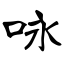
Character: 咏